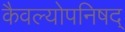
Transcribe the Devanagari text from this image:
कैवल्योपनिषद्